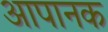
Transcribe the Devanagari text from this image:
आपानक